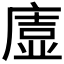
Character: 𭙰